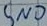
Text: GND